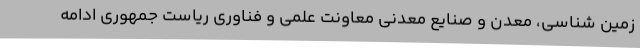
زمین شناسی، معدن و صنایع معدنی معاونت علمی و فناوری ریاست جمهوری ادامه